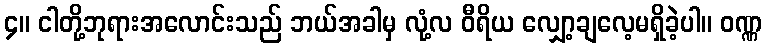
၄။ ငါတို့ဘုရားအလောင်းသည် ဘယ်အခါမှ လုံ့လ ဝီရိယ လျှော့ချလေ့မရှိခဲ့ပါ။ ဝဏ္ဏ